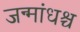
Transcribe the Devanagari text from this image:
जन्मांधश्च